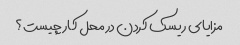
مزایای ریسک کردن در محل کار چیست؟